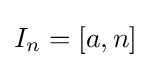
I_{n}=[a,n]